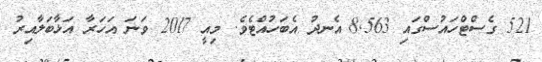
521 ގެސްޓްހައުސްގައި 8